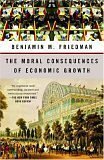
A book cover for The Moral Consequences of Economic Growth; Benjamin M. Friedman; Business & Money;